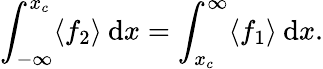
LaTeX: \int_{-\infty}^{x_{c}}\langle f_{2}\rangle\: \mathrm{d}x=\int_{x_{c}}^{\infty}\langle f_{1}\rangle\: \mathrm{d}x.